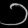
Digit: ၁